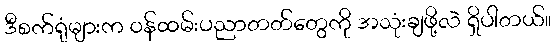
ဒီစက်ရုံများက ဝန်ထမ်းပညာတတ်တွေကို အသုံးချဖို့လဲ ရှိပါတယ်။